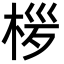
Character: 㭮